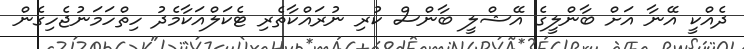
ދެއްކީ އޭނާ އަށް ބާންލީގެ އޭޝްލީ ބާންސް ކުރި ނުރައްކާތެރި ޓެކަލްއަކާމެދު ހިތްހަމަނުޖެހިގެން